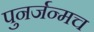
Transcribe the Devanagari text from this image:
पुनर्जन्मच